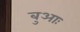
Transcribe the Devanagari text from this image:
बुआः